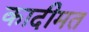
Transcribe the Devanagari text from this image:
कादीमत